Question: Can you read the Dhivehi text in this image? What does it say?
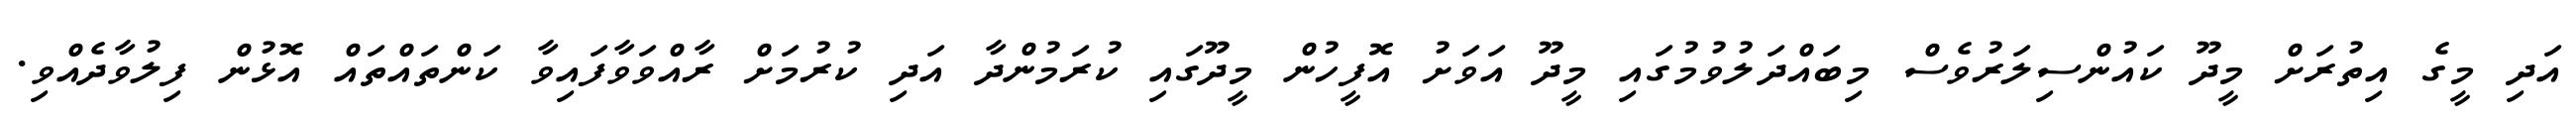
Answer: އަދި މީގެ އިތުރަށް މީދޫ ކައުންސިލަރުވެސް މިބައްދަލުވުމުގައި މީދޫ އަވަށު އޮފީހުން މީދޫގައި ކުރަމުންދާ އަދި ކުރުމަށް ރާއްވަވާފައިވާ ކަންތައްތައް އޮޅުން ފިލުވާދެއްވި.